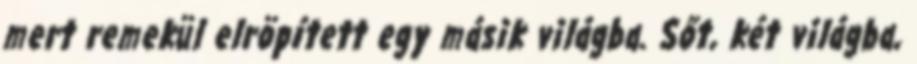
mert remekül elröpített egy másik világba. Sőt, két világba,